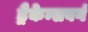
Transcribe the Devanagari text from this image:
ड्रैकेन्सबर्ग